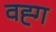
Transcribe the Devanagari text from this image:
वह्ग